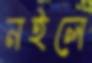
নইলে